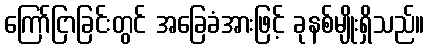
ကြော်ငြာခြင်းတွင် အခြေခံအားဖြင့် ခုနစ်မျိုးရှိသည်။